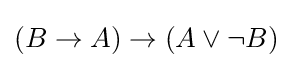
(B\to A)\to (A\lor \neg B)